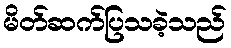
မိတ်ဆက်ပြသခဲ့သည်